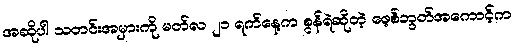
အဆိုပါ သတင်းအမှားကို မတ်လ ၂၁ ရက်နေ့က စွန်ရဲဆိုတဲ့ ဖေ့စ်ဘွတ်အကောင့်က